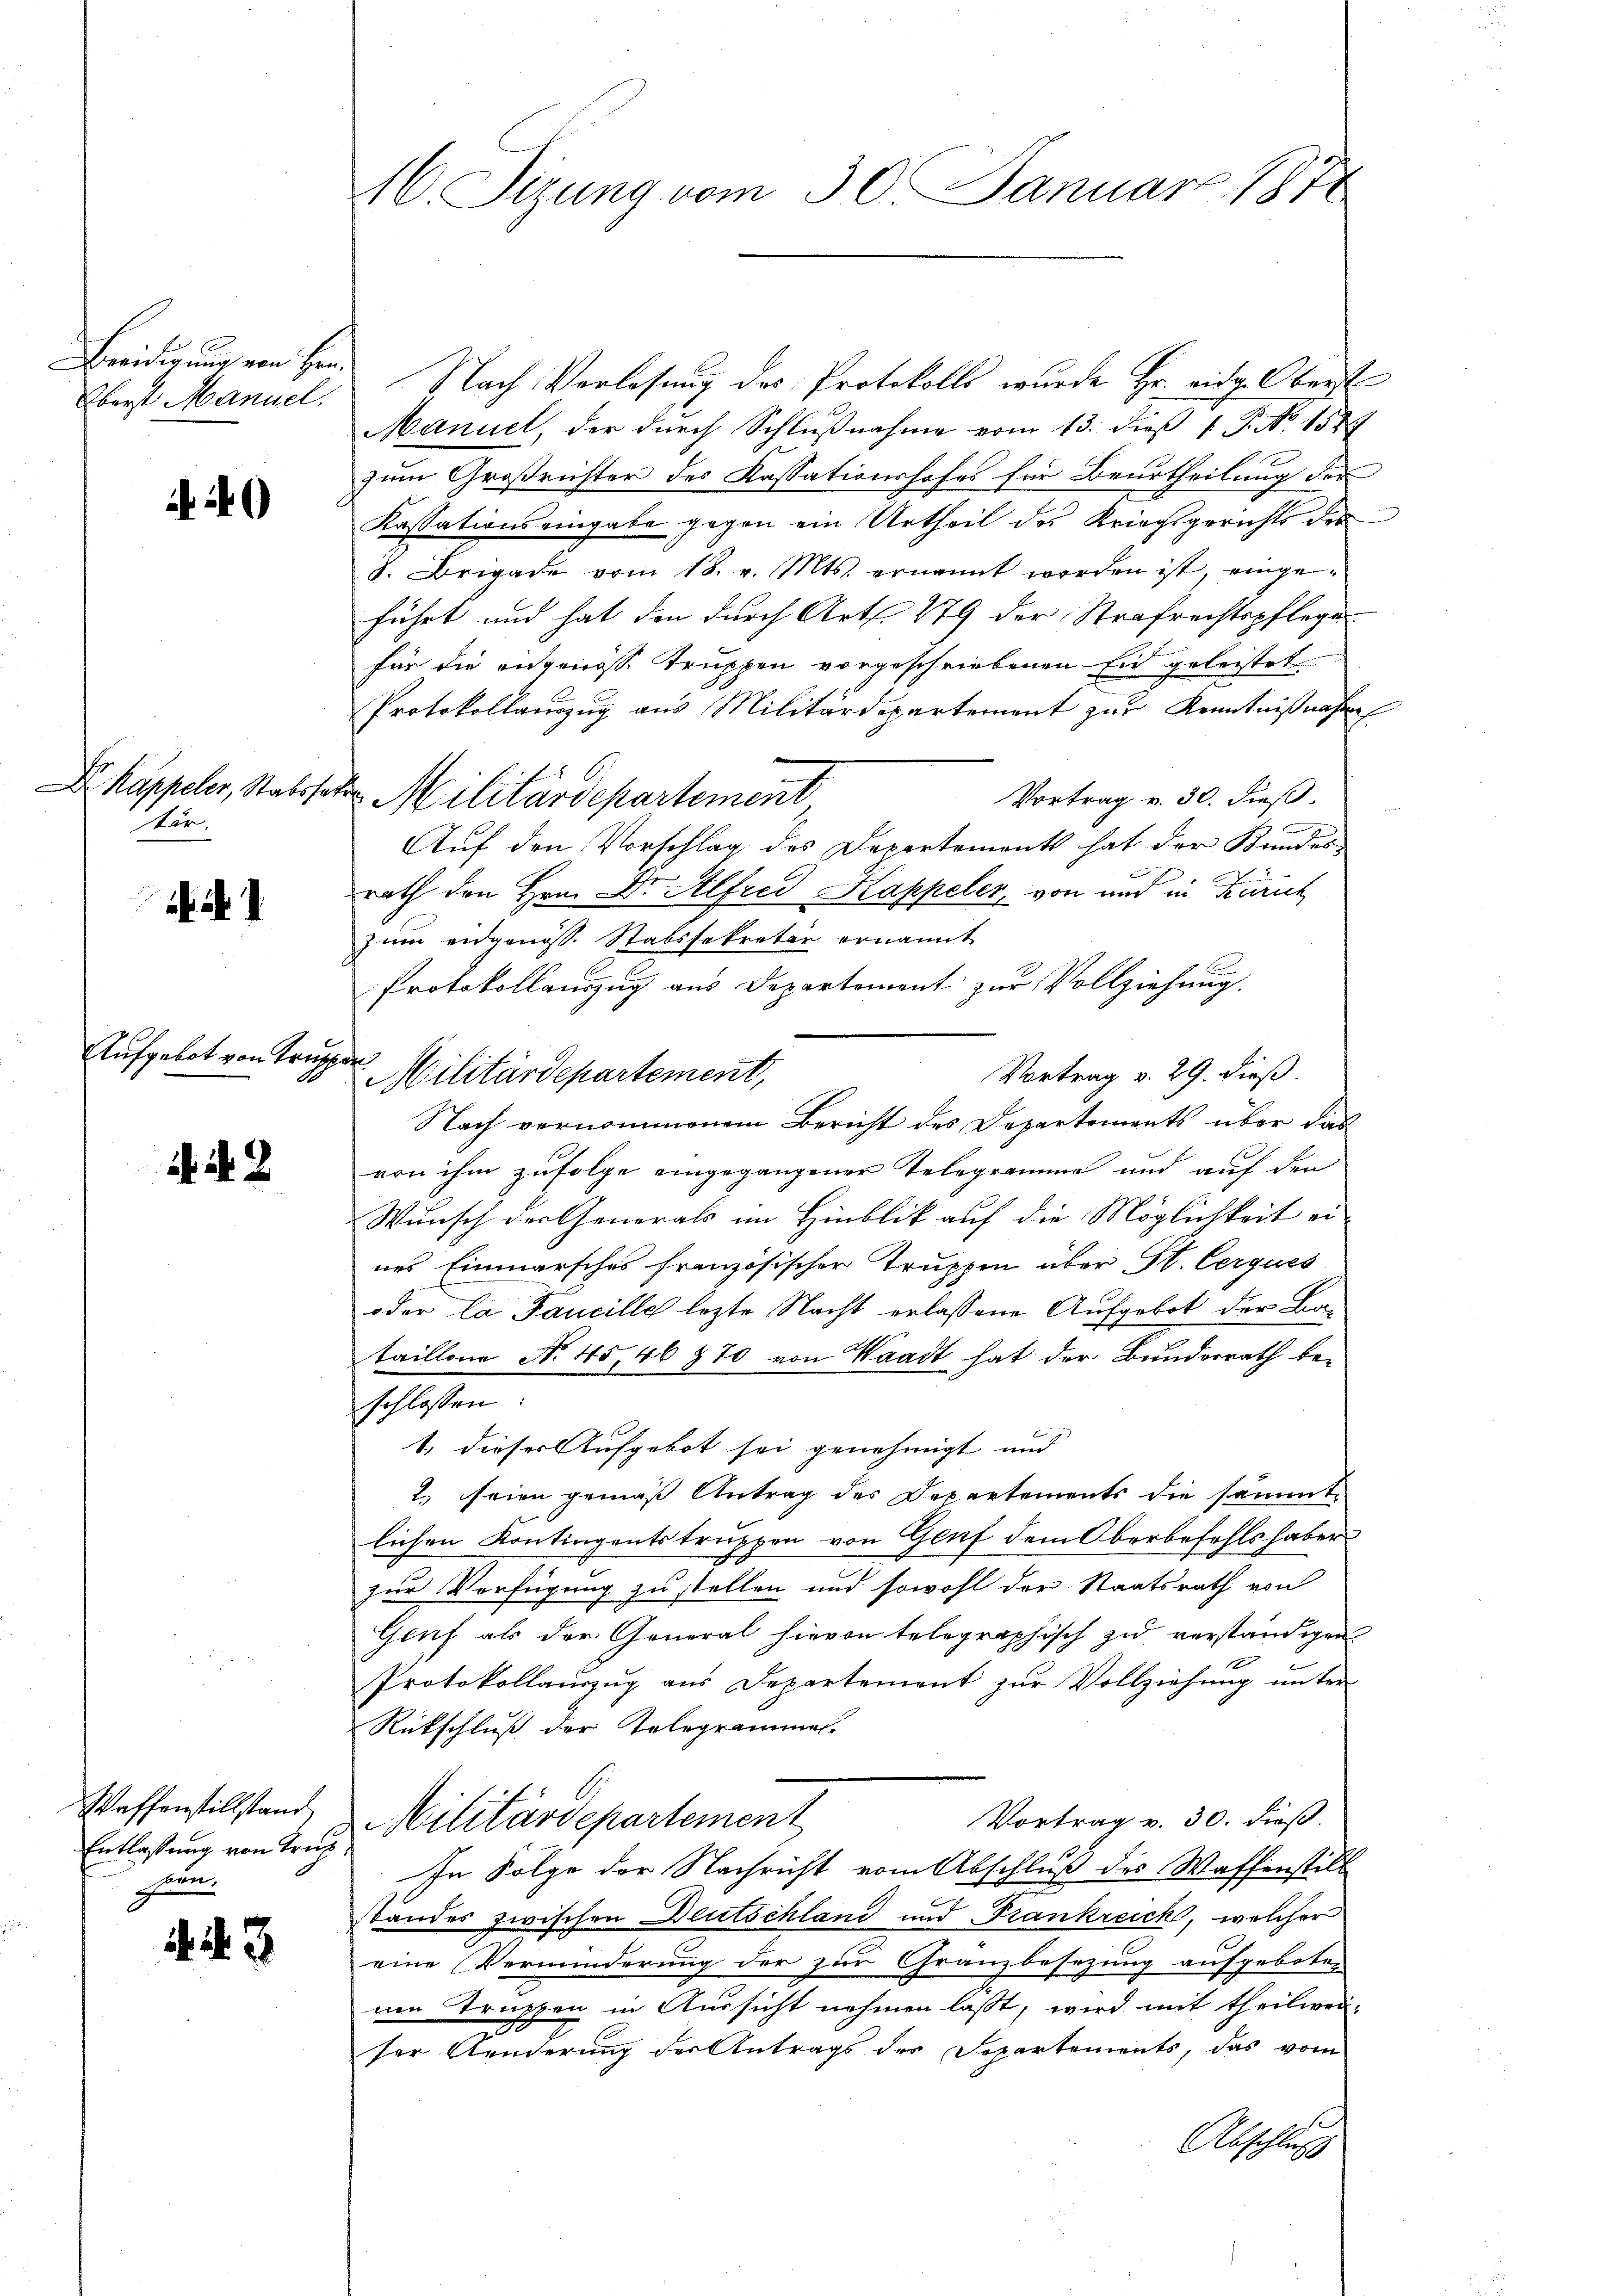
Beeidigung von Hrn.
Oberst Manuel.

Dr. Kappeler, Stabsha
für.

Aufgebot von Trupp

N. 2

Waffenstillstand
Entlassung von Trup
hien.

443

C. Sizung vom 30. Januar 1878

Nach Vorlesung des Protokolls wurde Hr. eidg. Oberst
Manuel der durch Schlußnahme vom 13. dieß P. No. 1589
zum Großrichter des Kassationshofes für Beurtheilung der
Kassations eingabe gegen ein Urtheil des Kriegsgerichts des
8. Brigade vom 18. v. Mts. ernannt worden ist, einge-
führt und hat den durch Art. 279 der Strafrechtspflege
für die angenosse Truppen vorgeschriebenen Eid geleistet
Protokollauszug aus Militärdepartement zur Kenntnißnahme
Vortrag v. 30. dieß.
2 Militärdepartement
Auf den Vorschlag des Departements hat der Bundes
rath den Hrn. Dr. Alfred Kappeler, von und in Zürich
zum eidgenöss. Stabssekretär ernannt
Protokollauszug aus Departement zur Vollziehung.
Vortrag v. 29. dieß.
Militärdepartement,
Nach vernommenem Bericht des Departements über das
von ihm zufolge eingegangener Telegramme und auf den
Wunsch der Generals im Hinblik auf die Möglichkeit ei-
nes Einmarsches französischer Truppen über St. Cerques
oder la Faucille lezte Nacht erlassene Aufgebot der Bataillon No 45, 46 770 von Waadt hat der Bunderrath beschlossen:
1. dieses Aufgebot sei genehmigt und
2. seien gemäß Antrag des Departements die sämmtlichen Kontingentstruppen von Genf dem Oberbefehlshaber
zur Verfügung zu stellen und sowohl der Staatsrath von
Genf als der General hievon telegraphisch zu verständigen
xx
Protokollauszug aus Departement zur Vollziehung unter
Rückschluß der Kolegrammel-
Vortrag v. 30. dieß.
Militärdepartement
In Folge der Nachricht vom Abschluß des Waffenstill
bandes zwischen Deutschland und Frankreich, welcher
eine Verminderung der zur Granzbesezung aufgeboten
nen Truppen in Aussicht nehmen lasst, wird mit theilwei-
ser Aenderung der Antrags des Separtements, das vom
Abschluss

f